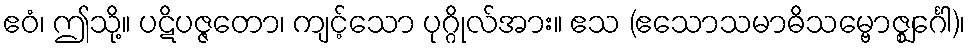
ဧဝံ၊ ဤသို့။ ပဋိပဇ္ဇတော၊ ကျင့်သော ပုဂ္ဂိုလ်အား။ ဧသ (ဧသောသမာဓိသမ္ဗောဇ္ဈင်္ဂေါ)၊